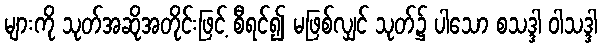
များကို သုတ်အဆိုအတိုင်းဖြင့် စီရင်၍ မဖြစ်လျှင် သုတ်၌ ပါသော စသဒ္ဒါ ဝါသဒ္ဒါ